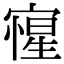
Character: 㝭